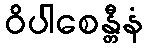
ဝိပါစေန္တီနံ